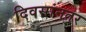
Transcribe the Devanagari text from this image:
दिवसांनतर